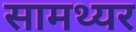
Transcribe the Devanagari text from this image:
सामथ्यर